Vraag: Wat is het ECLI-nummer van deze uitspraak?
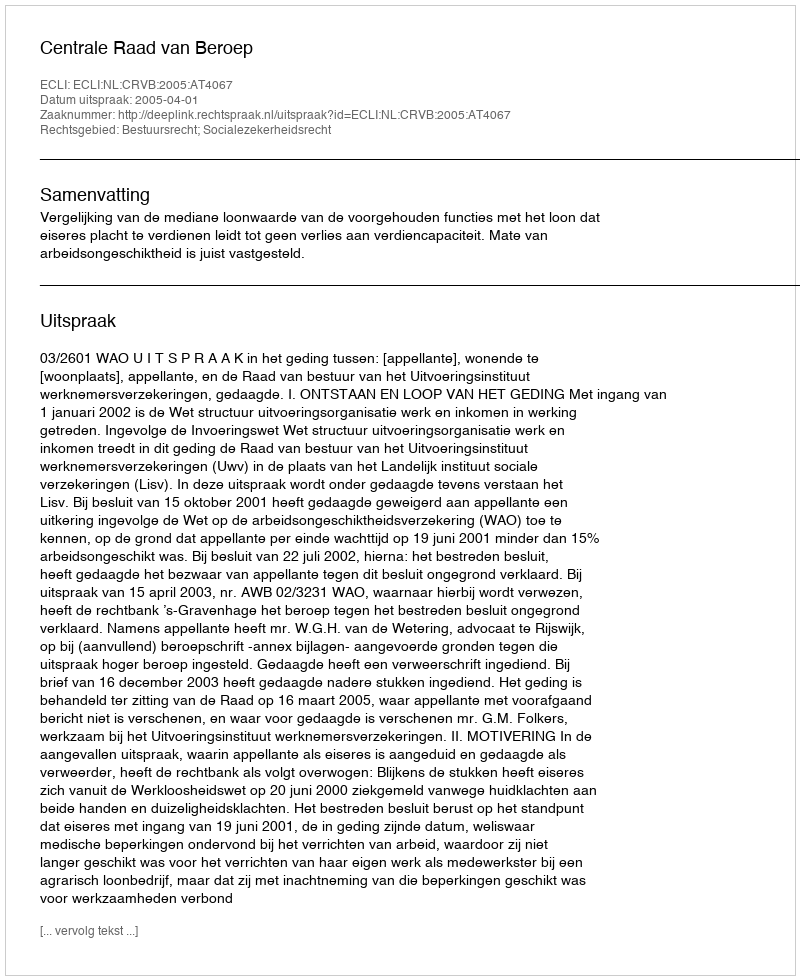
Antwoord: ECLI:NL:CRVB:2005:AT4067